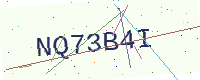
Text: NQ73B4I